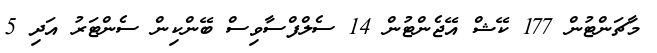
މާޗަންޓުން 177 ކޭޝް އޭޖެންޓުން 14 ސެލްފްސާވިސް ބޭންކިން ސެންޓަރު އަދި 5